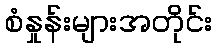
စံနှုန်းများအတိုင်း